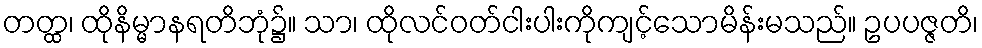
တတ္ထ၊ ထိုနိမ္မာနရတိဘုံ၌။ သာ၊ ထိုလင်ဝတ်ငါးပါးကိုကျင့်သောမိန်းမသည်။ ဥပပဇ္ဇတိ၊